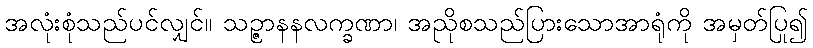
အလုံးစုံသည်ပင်လျှင်။ သဉ္ဇာနနလက္ခဏာ၊ အညိုစသည်ပြားသောအာရုံကို အမှတ်ပြု၍